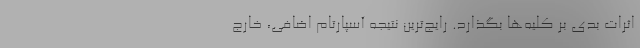
اثرات بدی بر کلیه‌ها بگذارد. رایج‌ترین نتیجه آسپارتام اضافی، خارج